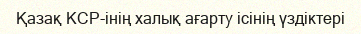
Қазақ КСР-інің халық ағарту ісінің үздіктері